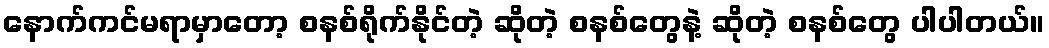
နောက်ကင်မရာမှာတော့ စနစ်ရိုက်နိုင်တဲ့ ဆိုတဲ့ စနစ်တွေနဲ့ ဆိုတဲ့ စနစ်တွေ ပါပါတယ်။